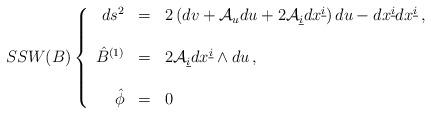
LaTeX: \begin{align*}SSW(B)\left\{\begin{array}{rcl}ds^{2}&=&2\left(dv +{\cal A}_{u}du +2{\cal A}_{\underline{i}}dx^{\underline{i}}\right)du -dx^{\underline{i}}dx^{\underline{i}}\, ,\\& & \\\hat{B}^{(1)}&=&2 {\cal A}_{\underline{i}}dx^{\underline{i}}\wedge du\, ,\\& & \\\hat{\phi}&=&0\,\end{array}\right.\end{align*}